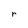
Character: r